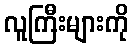
လူကြီးများကို